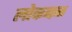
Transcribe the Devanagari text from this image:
लोकबळ